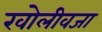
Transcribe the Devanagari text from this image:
खोलीवजा